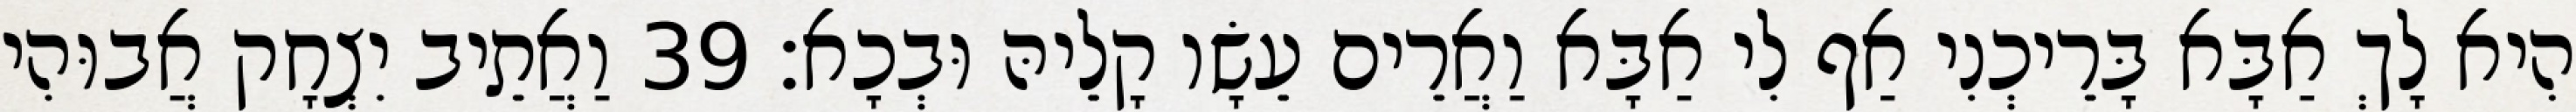
הִיא לָךְ אַבָּא בָּרֵיכְנִי אַף לִי אַבָּא וַאֲרֵים עֵשָׂו קָלֵיהּ וּבְכָא׃ 39 וַאֲתֵיב יִצְחָק אֲבוּהִי